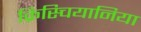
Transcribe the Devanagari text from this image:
क्रिस्चियानिया